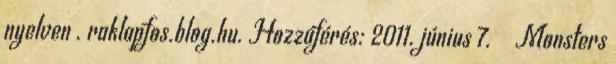
nyelven . raklapfos.blog.hu. Hozzáférés: 2011. június 7. ↑ Monsters